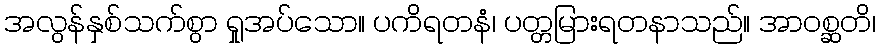
အလွန်နှစ်သက်စွာ ရှုအပ်သော။ ပကိရတနံ၊ ပတ္တမြားရတနာသည်။ အာဝစ္ဆတိ၊